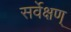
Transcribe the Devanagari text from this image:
सर्वेक्षण्